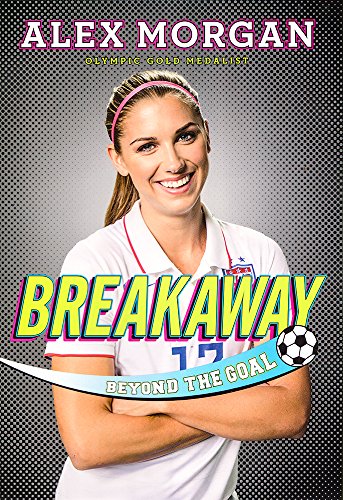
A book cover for Breakaway: Beyond the Goal; Alex Morgan; Teen & Young Adult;